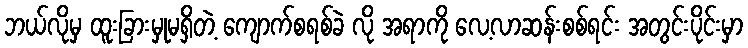
ဘယ်လိုမှ ထူးခြားမှုမရှိတဲ့ ကျောက်စရစ်ခဲ လို အရာကို လေ့လာဆန်းစစ်ရင်း အတွင်းပိုင်းမှာ